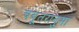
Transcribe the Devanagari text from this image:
चबूतरानुमा